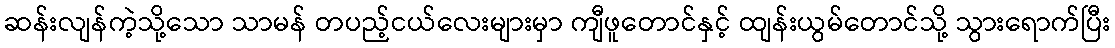
ဆန်းလျန်ကဲ့သို့သော သာမန် တပည့်ငယ်လေးများမှာ ကျီဖူတောင်နှင့် ထျန်းယွမ်တောင်သို့ သွားရောက်ပြီး